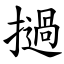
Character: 撾